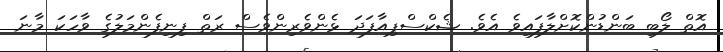
އޮތް ލޯބި ބަންޑުންކޮށްލާފައިވެ އެވެ. ޝެކްސްޕިއާފަދަ ޅެންވެރިންވެސް ރަތް ފިނިފެންމަލުގެ ވާހަކަ މާނަ